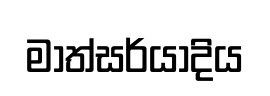
මාත්සර්යාදිය